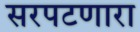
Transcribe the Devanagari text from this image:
सरपटणारा